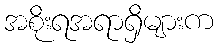
အစိုးရအရာရှိများက